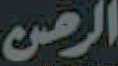
الرحمن